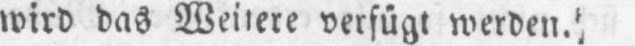
wird das Weitere verfügt werden.